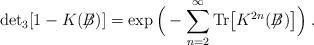
LaTeX: \begin{align*}\mbox{det}_3[1-K(\not{\!\!B})] =\exp\Big(-\sum_{n=2}^\infty \mbox{Tr}\big[K^{2n}(\not{\!\!B} )\big] \Big) \; .\end{align*}